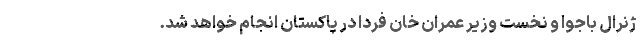
ژنرال باجوا و نخست وزیر عمران خان فردا در پاکستان انجام خواهد شد.